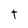
Character: t